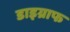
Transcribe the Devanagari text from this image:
डाइग्राफ